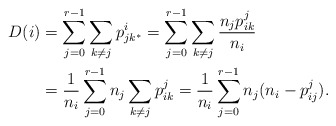
\begin{align*} D(i) &= \sum_{j=0}^{r-1}\sum_{k \ne j} p^i_{jk^*} = \sum_{j=0}^{r-1} \sum_{k \ne j} \frac{n_j p^j_{ik}}{n_i}\\ &= \frac{1}{n_i} \sum_{j=0}^{r-1} n_j \sum_{k \ne j} p^j_{ik} = \frac{1}{n_i} \sum_{j=0}^{r-1} n_j(n_i - p^j_{ij}). \end{align*}